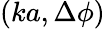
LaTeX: (ka,\Delta\phi)